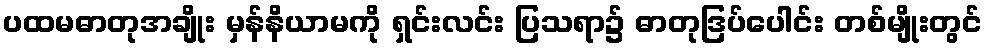
ပထမဓာတုအချိုး မှန်နိယာမကို ရှင်းလင်း ပြသရာ၌ ဓာတုဒြပ်ပေါင်း တစ်မျိုးတွင်